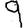
Digit: 9